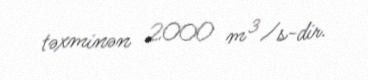
təxminən 2000 m³/s-dir.